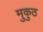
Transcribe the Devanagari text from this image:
मुकुठ